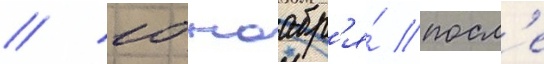
// 10 ноабр'я́ посл'е